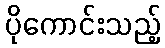
ပိုကောင်းသည့်